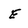
Character: E